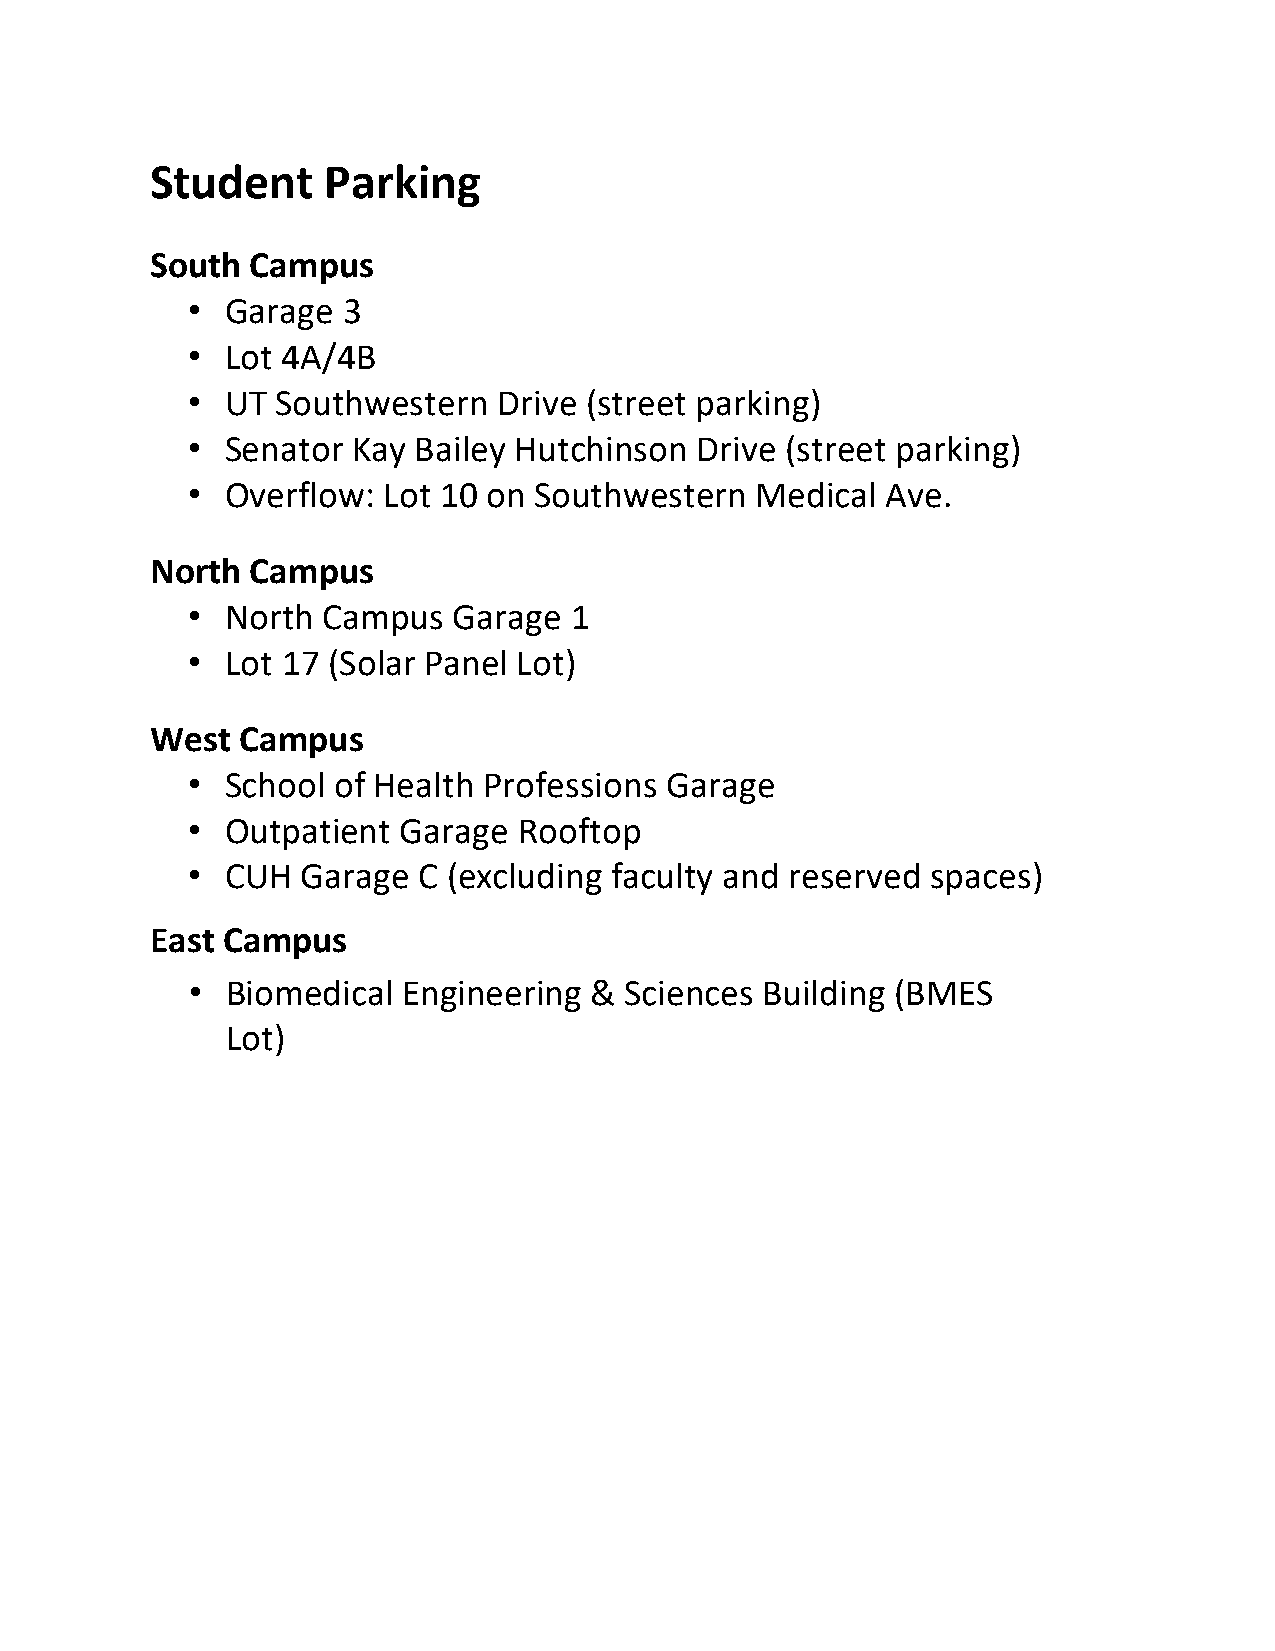
Student     Parking
 South  Campus
 •  Garage  3
 •  Lot 4A/4B
 •  UT Southwestern   Drive (street parking)
 •  Senator Kay  Bailey Hutchinson Drive (street parking)
 •  Overflow: Lot 10 on Southwestern   Medical  Ave.
 North  Campus
 •  North Campus   Garage  1
 •  Lot 17 (Solar Panel Lot)
 West  Campus
 •  School of Health Professions Garage
 •  Outpatient  Garage Rooftop
 •  CUH  Garage  C (excluding faculty and reserved spaces)
 East Campus
 •  Biomedical  Engineering & Sciences  Building (BMES
 Lot)